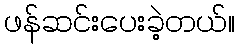
ဖန်ဆင်းပေးခဲ့တယ်။